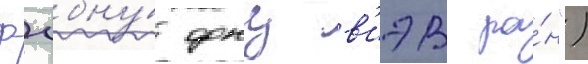
фгбну́ фнц в'иэв ра́н")